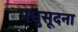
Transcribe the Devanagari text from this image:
मधुसूदना